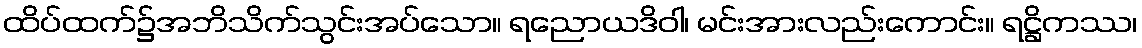
ထိပ်ထက်၌အဘိသိက်သွင်းအပ်သော။ ရညောယဒိဝါ၊ မင်းအားလည်းကောင်း။ ရဋ္ဌိကဿ၊